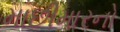
માછીમારનો